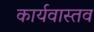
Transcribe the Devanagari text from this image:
कार्यवास्तव